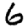
Digit: 6